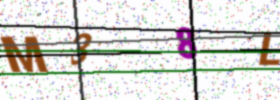
Text: M38L